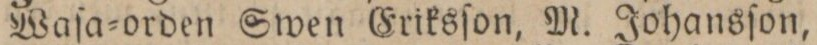
Waſa=orden Swen Eriksſon, M. Johansſon,